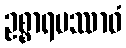
ဥစ္စာရပဿာဝံ